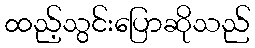
ထည့်သွင်းပြောဆိုသည်